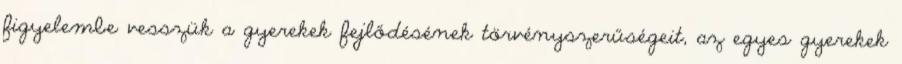
figyelembe vesszük a gyerekek fejlődésének törvényszerűségeit, az egyes gyerekek